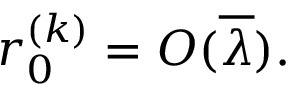
r _ { 0 } ^ { ( k ) } = { \cal O } ( \overline { { { \lambda } } } ) .